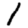
Digit: 1